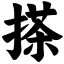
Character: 搽